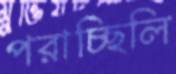
পরাচ্ছিলি